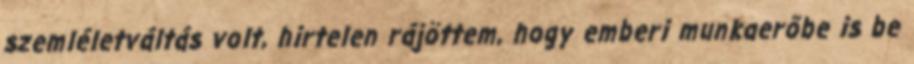
szemléletváltás volt, hirtelen rájöttem, hogy emberi munkaerőbe is be